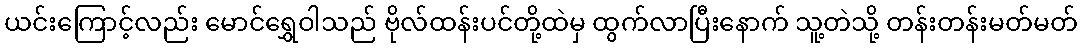
ယင်းကြောင့်လည်း မောင်ရွှေဝါသည် ဗိုလ်ထန်းပင်တို့ထဲမှ ထွက်လာပြီးနောက် သူ့တဲသို့ တန်းတန်းမတ်မတ်